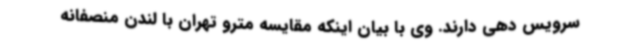
سرویس دهی دارند. وی با بیان اینکه مقایسه مترو تهران با لندن منصفانه